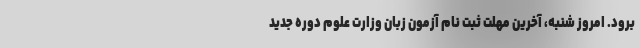
برود. امروز شنبه، آخرین مهلت ثبت نام آزمون زبان وزارت علوم دوره جدید